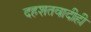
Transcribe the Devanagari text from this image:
दहशतवादीही